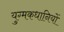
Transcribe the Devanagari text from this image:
युग्मकधानियों